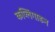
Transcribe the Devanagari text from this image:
कप्लिंगाडन